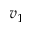
v _ { 1 }